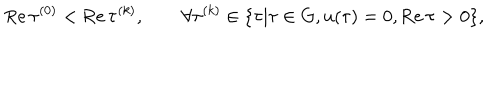
LaTeX: \mathrm { R e } \, \tau ^ { ( 0 ) } < \mathrm { R e } \, \tau ^ { ( k ) } , \qquad \forall \tau ^ { ( k ) } \in \{ \tau | \tau \in G , u ( \tau ) = 0 , \mathrm { R e } \, \tau > 0 \} ,